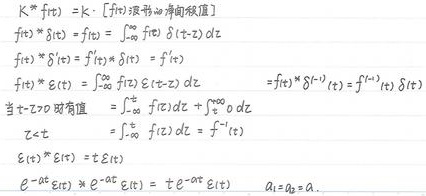
\[
\begin{align*}
k * f(t) &= k\cdot[f(t)\text{ 波形的净面积}]\\
f(t) * \delta(t) &= f(t) = \int_{-\infty}^{\infty} f(\tau) \delta(t - \tau) d\tau\\
f(t) * \delta^{\prime}(t) &= f^{\prime}(t) * \delta(t) = f^{\prime}(t)\\
f(t) * \delta^{(n)}(t) &= f^{(n)}(t) * \delta(t)\\
f(t) * \varepsilon(t) &= \int_{-\infty}^{\infty} f(\tau) \varepsilon(t - \tau) d\tau\\
&\text{当 }t - \tau > 0\text{ 时有值}\\
&= \int_{-\infty}^{t} f(\tau) d\tau + \int_{t}^{\infty} 0 d\tau\\
&= \int_{-\infty}^{t} f(\tau) d\tau = f^{-1}(t)\\
\varepsilon(t) * \varepsilon(t) &= t\varepsilon(t)\\
e^{-a t} \varepsilon(t) * e^{-a t} \varepsilon(t) &= t e^{-a t} \varepsilon(t)\quad a_1 = a_2 = a
\end{align*}
\]